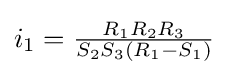
i_{1}={\tfrac {R_{1}R_{2}R_{3}}{S_{2}S_{3}(R_{1}-S_{1})}}